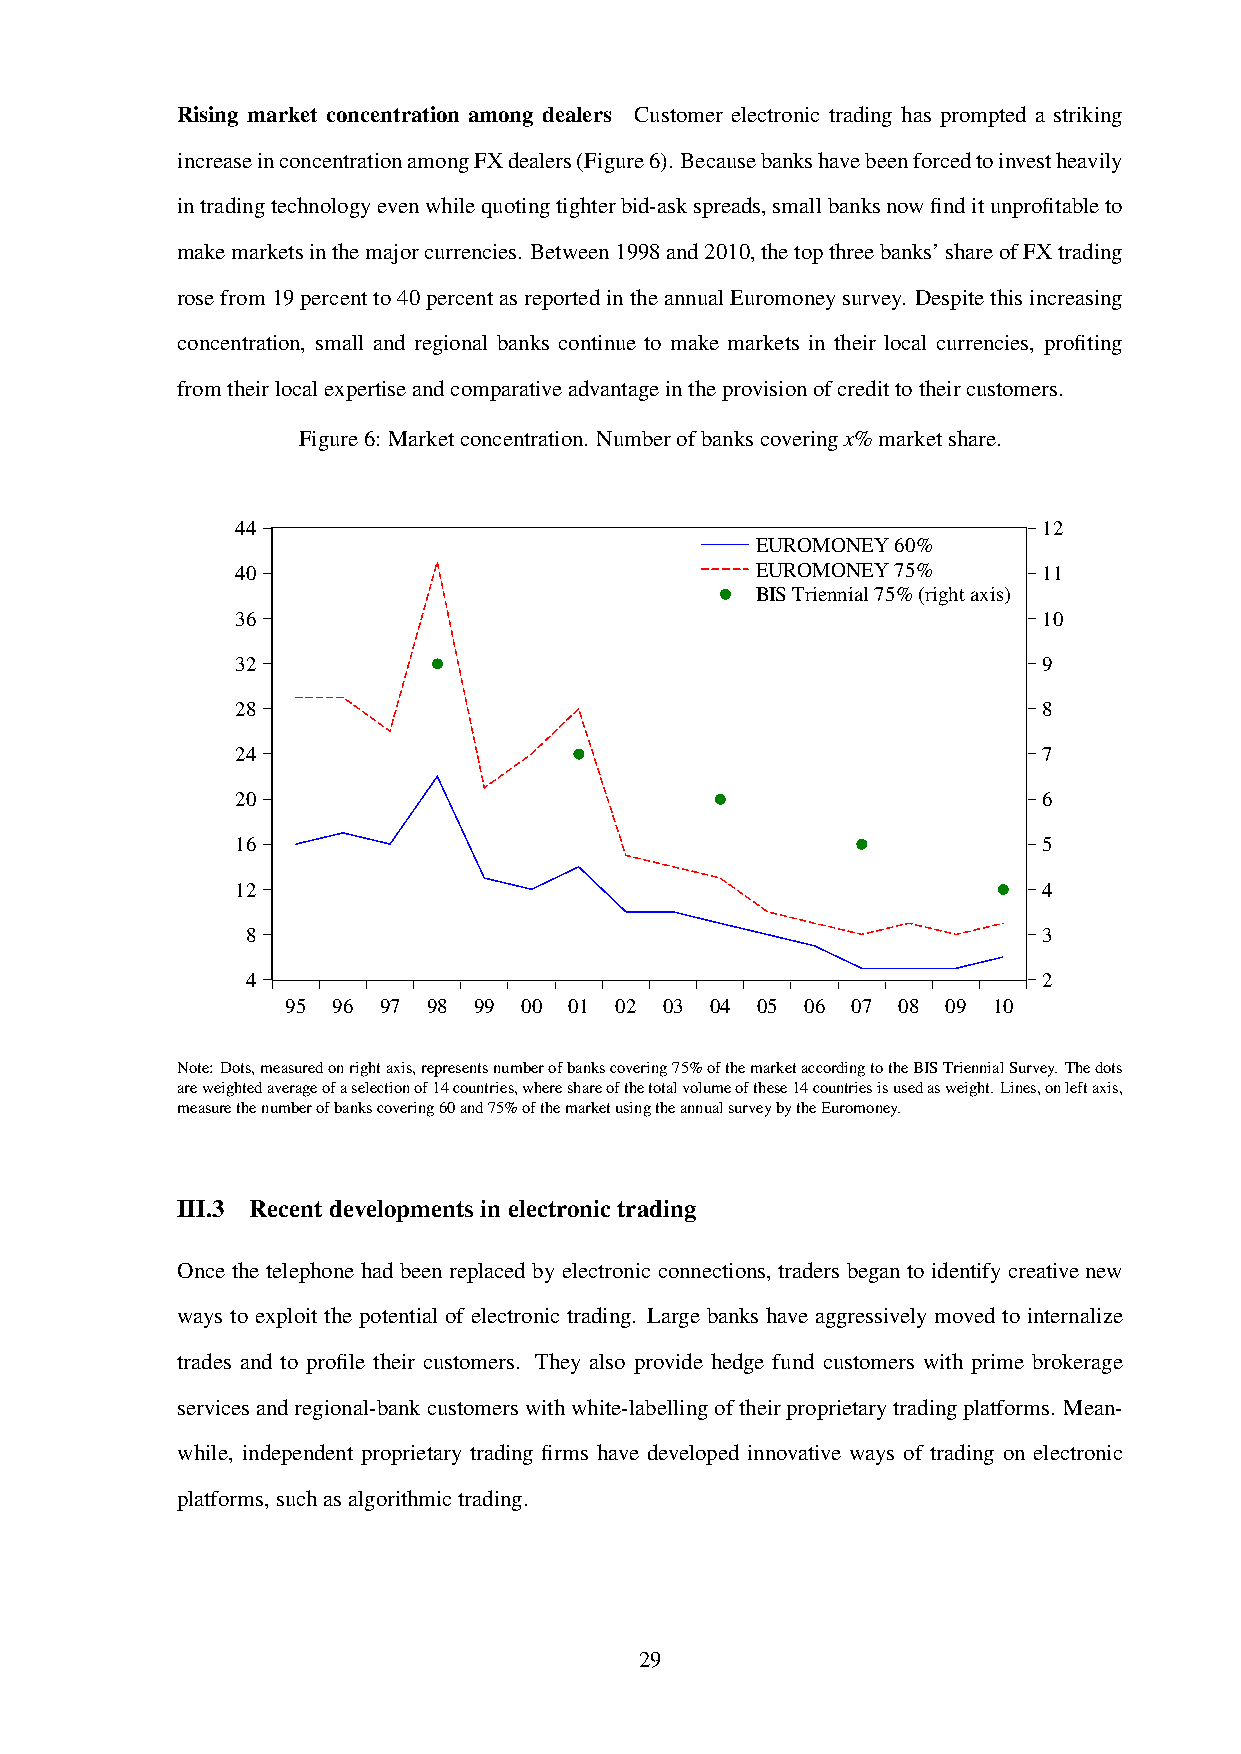
Rising market concentration among dealers Customer electronic trading has prompted a striking
 increaseinconcentrationamongFXdealers(Figure6). Becausebankshavebeenforcedtoinvestheavily
 intradingtechnologyevenwhilequotingtighterbid-askspreads,smallbanksnowfinditunprofitableto
 makemarketsinthemajorcurrencies. Between1998and2010,thetopthreebanks’shareofFXtrading
 rosefrom19percentto40percentasreportedintheannualEuromoneysurvey. Despitethisincreasing
 concentration, small and regional banks continue to make markets in their local currencies, profiting
 fromtheirlocalexpertiseandcomparativeadvantageintheprovisionofcredittotheircustomers.
 Figure6: Marketconcentration. Numberofbankscoveringx%marketshare.
 44                                                   12
 EUROMONEY 60%
 40                                EUROMONEY 75%      11
 BIS Triennial 75% (right axis)
 36                                                   10
 32                                                   9
 28                                                   8
 24                                                   7
 20                                                   6
 16                                                   5
 12                                                   4
 8                                                    3
 4                                                    2
 95 96 97 98 99 00  01 02 03 04 05 06 07 08  09 10
 Note:Dots,measuredonrightaxis,representsnumberofbankscovering75%ofthemarketaccordingtotheBISTriennialSurvey. Thedots
 areweightedaverageofaselectionof14countries,whereshareofthetotalvolumeofthese14countriesisusedasweight.Lines,onleftaxis,
 measurethenumberofbankscovering60and75%ofthemarketusingtheannualsurveybytheEuromoney.
 III.3 Recentdevelopmentsinelectronictrading
 Once the telephone had been replaced by electronic connections, traders began to identify creative new
 ways to exploit the potential of electronic trading. Large banks have aggressively moved to internalize
 trades and to profile their customers. They also provide hedge fund customers with prime brokerage
 servicesandregional-bankcustomerswithwhite-labellingoftheirproprietarytradingplatforms. Mean-
 while, independent proprietary trading firms have developed innovative ways of trading on electronic
 platforms,suchasalgorithmictrading.
 29